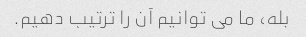
بله، ما می توانیم آن را ترتیب دهیم.